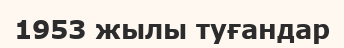
1953 жылы туғандар